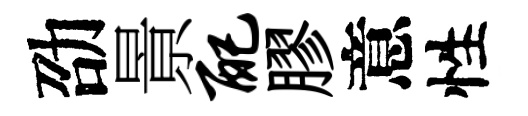
劭㬌配膠意性